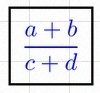
\frac{a+b}{c+d}